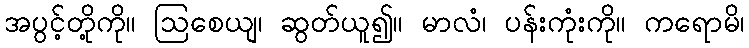
အပွင့်တို့ကို။ ဩစေယျ၊ ဆွတ်ယူ၍။ မာလံ၊ ပန်းကုံးကို။ ကရောမိ၊